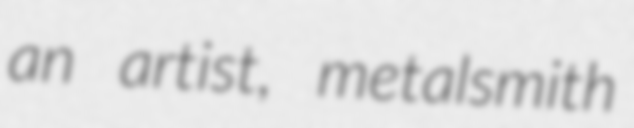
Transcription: an artist, metalsmith